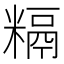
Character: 𥻥